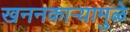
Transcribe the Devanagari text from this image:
खननकाऱ्यामुळे